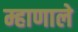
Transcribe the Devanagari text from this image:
म्हाणाले